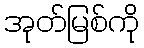
အုတ်မြစ်ကို